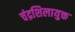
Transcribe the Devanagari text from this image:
चंद्रशिलायुक्त